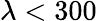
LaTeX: \lambda<300